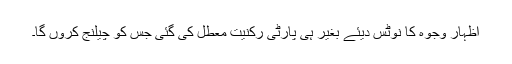
اظہار وجوہ کا نوٹس دیئے بغیر ہی پارٹی رکنیت معطل کی گئی جس کو چیلنج کروں گا۔